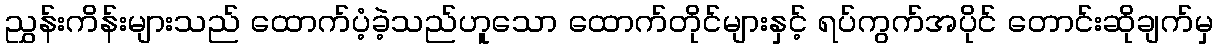
ညွှန်းကိန်းများသည် ထောက်ပံ့ခဲ့သည်ဟူသော ထောက်တိုင်များနှင့် ရပ်ကွက်အပိုင် တောင်းဆိုချက်မှ